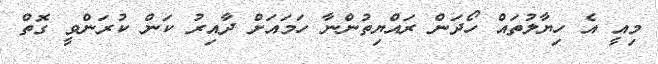
މިއީ އެ ހިޔާލުތައް ހޯދަން ރައްޔިތުންނާ ހަމައަށް ދާއިރު ކަން ކުރަންވީ ގޮތް